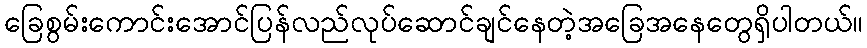
ခြေစွမ်းကောင်းအောင်ပြန်လည်လုပ်ဆောင်ချင်နေတဲ့အခြေအနေတွေရှိပါတယ်။